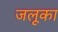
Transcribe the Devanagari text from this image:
जलूका